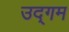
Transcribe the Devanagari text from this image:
उद्‌गम